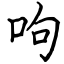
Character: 呴